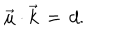
\vec { \mu } \cdot \vec { k } \, = \, d .